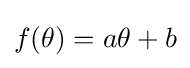
f(\theta )=a\theta +b